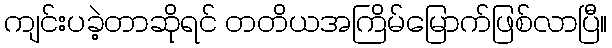
ကျင်းပခဲ့တာဆိုရင် တတိယအကြိမ်မြောက်ဖြစ်လာပြီ။